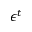
\epsilon ^ { t }